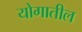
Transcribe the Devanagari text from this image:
योगातील